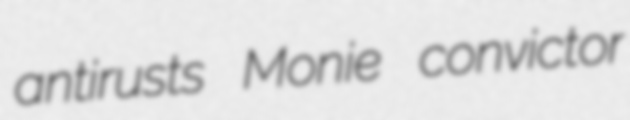
antirusts Monie convictor